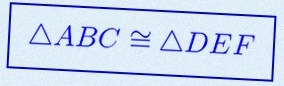
\triangle ABC\cong\triangle DEF